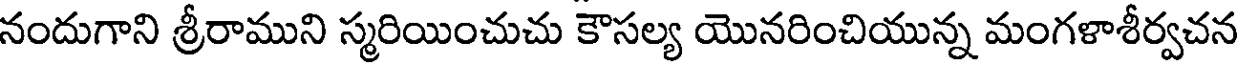
నందుగాని శ్రీరాముని స్మరియించుచు కౌసల్య యొనరించియున్న మంగళాశీర్వచన